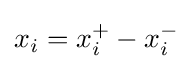
x_{i}=x_{i}^{+}-x_{i}^{-}